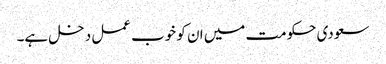
سعودی حکومت میں ان کو خوب عمل دخل ہے۔